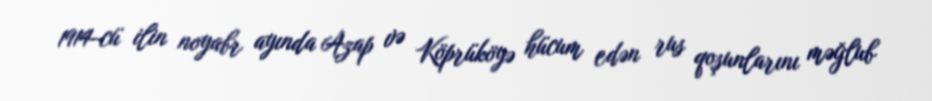
1914-cü ilin noyabr ayında Azap və Köprüköyə hücum edən rus qoşunlarını məğlub